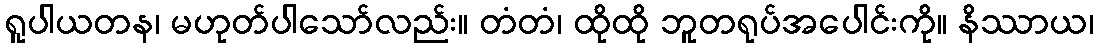
ရူပါယတန၊ မဟုတ်ပါသော်လည်း။ တံတံ၊ ထိုထို ဘူတရုပ်အပေါင်းကို။ နိဿာယ၊